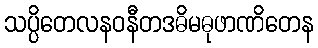
သပ္ပိတေလနဝနီတဒဓိမဓုဖာဏိတေန